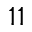
1 1